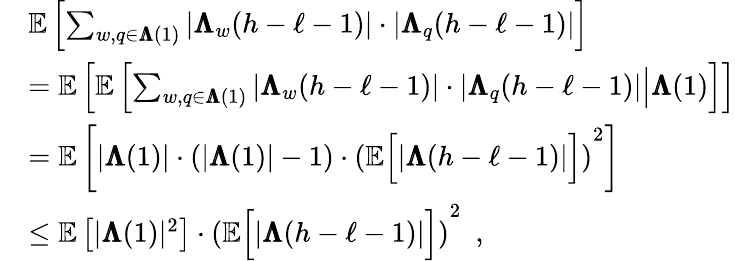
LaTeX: \begin{array}{rl}&{\mathbb{E}\left[\sum_{w,q\in{\pmb{\Lambda}}(1)}|{\pmb{\Lambda}}_{w}(h-\ell-1)|\cdot|{\pmb{\Lambda}}_{q}(h-\ell-1)|\right]}\\ &{=\mathbb{E}\left[\mathbb{E}\left[\sum_{w,q\in{\pmb{\Lambda}}(1)}|{\pmb{\Lambda}}_{w}(h-\ell-1)|\cdot|{\pmb{\Lambda}}_{q}(h-\ell-1)|\middle|{\pmb{\Lambda}}(1)\right]\right]}\\ &{=\mathbb{E}\left[|{\pmb{\Lambda}}(1)|\cdot(|{\pmb{\Lambda}}(1)|-1)\cdot\left(\mathbb{E}\Big[|{\pmb{\Lambda}}(h-\ell-1)|\Big]\right)^{2}\right]}\\ &{\le\mathbb{E}\left[|{\pmb{\Lambda}}(1)|^{2}\right]\cdot\left(\mathbb{E}\Big[|{\pmb{\Lambda}}(h-\ell-1)|\Big]\right)^{2}\enspace,}\end{array}